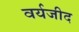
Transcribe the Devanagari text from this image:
वर्यजीद